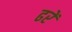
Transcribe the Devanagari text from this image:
ढरें